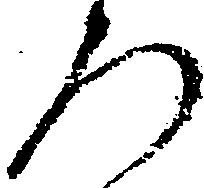
ろ